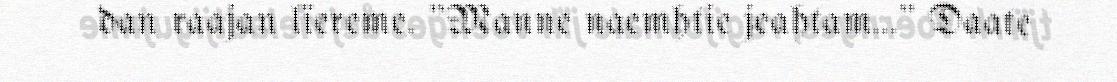
dan raajan lïereme. "Manne naemhtie jeahtam…" Daate